Papers set at the Examination for Leaving Certificates, 1894
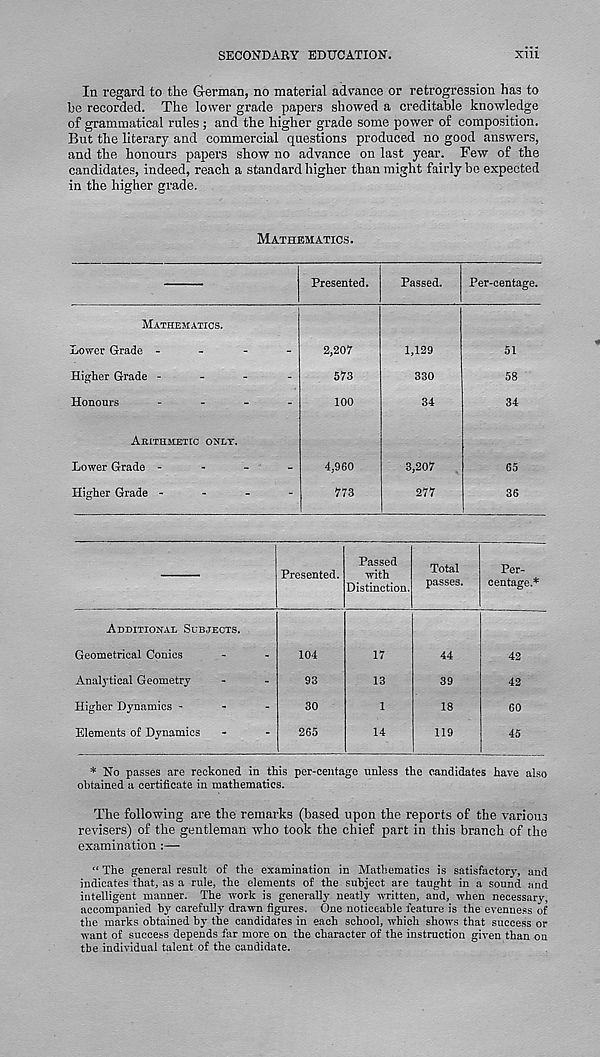
SECONDARY EDUCATION.
XU1
In regard to the German, no material advance or retrogression has to
be recorded. The lower grade papers showed a creditable knowledge
of grammatical rules ; and the higher grade some power of composition.
But the literary and commercial questions produced no good answers,
and the honours papers show no advance on last year. Few of the
candidates, indeed, reach a standard higher than might fairly bo expected
in the higher grade.
MATHEMATICS.
Presented.
Passed.
Per-centage.
MATHEMATICS.
Lower Grade -
Higher Grade -
Honours
AKITHMETIC ONLY.
Lower Grade -
Higher Grade -
2,207
573
100
4,960
773
1,129
330
34
3,207
277
51
58
34
65
36
AUDITIONAI, SUBJECTS.
Geometrical Conies
Analytical Geometry
Higher Dynamics -
Elements of Dynamics
Presented.
104
93
30
265
Passed
with
Distinction,
17
13
1
14
Total
passes.
44
39
18
119
Per-
centage.*
42
42
60
45
* No passes are reckoned in this per-centage unless the candidates have also
obtained a certificate in mathematics.
The following are the remarks (based upon the reports of the various
revisers) of the gentleman who took the chief part in this branch of the
examination :—
“ The general result of the examination in Mathematics is satisfactory, and
indicates that, as a rule, the elements of the subject are taught in a sound and
intelligent manner. The work is generally neatly written, and, when necessary,
accompanied by carefully drawn figures. One noticeable feature is the evenness of
the marks obtained by the candidates in each school, which shows that success or
want of success depends far more on the character of the instruction given than ou
the individual talent of the candidate.